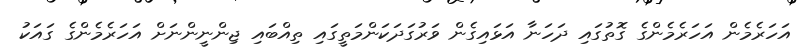
އަހަރެމެން އަހަރެމެންގެ ގޮތުގައި ދަހަނާ އަޅައިގެން ވަރުގަދަކަންމަތީގައި ތިއްބައި ޖިންނީންނަށް އަހަރެމެންގެ ގައަކު